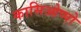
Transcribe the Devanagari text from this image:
कासिओप्पो